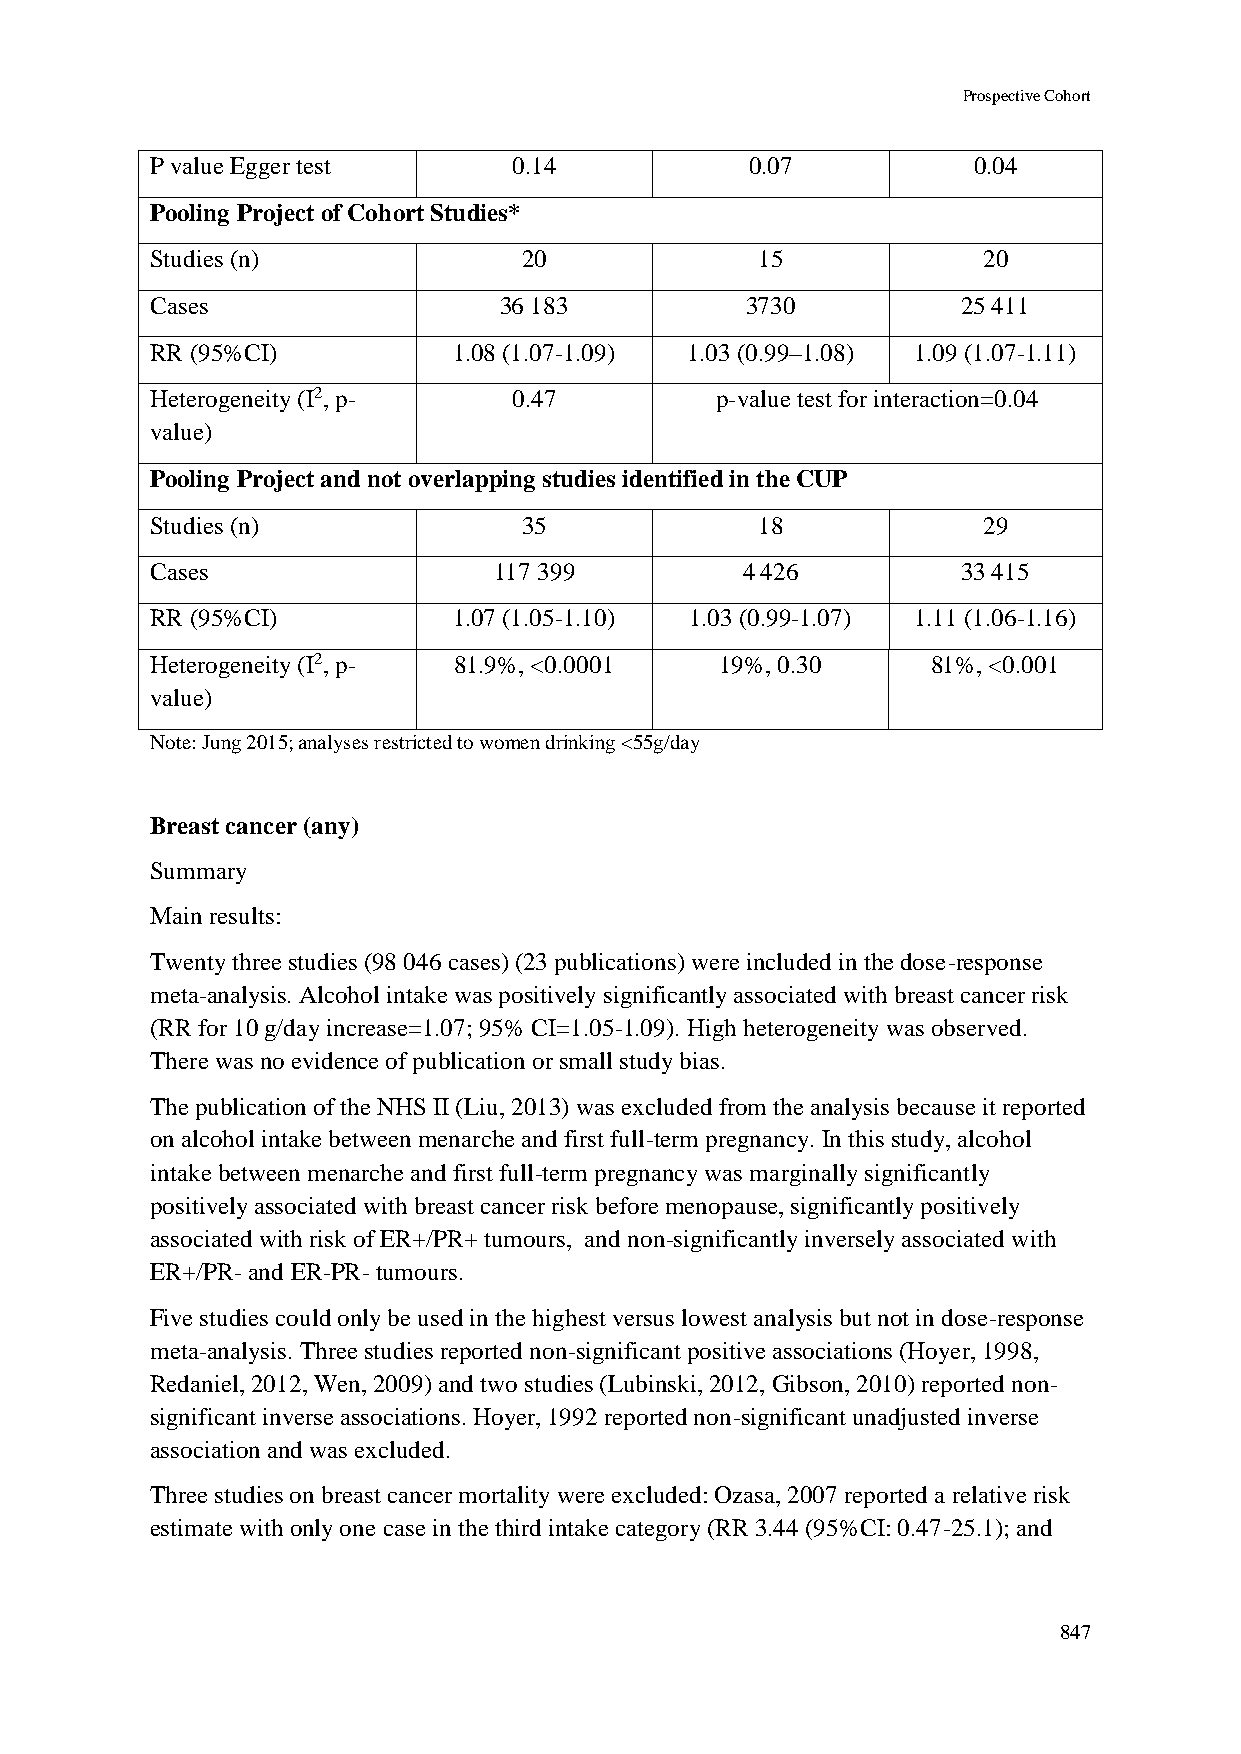
Prospective Cohort
 P value Egger test      0.14            0.07          0.04
 Pooling Project of Cohort Studies*
 Studies (n)              20             15             20
 Cases                  36 183          3730           25 411
 RR (95%CI)          1.08 (1.07-1.09) 1.03 (0.99–1.08) 1.09 (1.07-1.11)
 Heterogeneity (I2, p-   0.47         p-value test for interaction=0.04
 value)
 Pooling Project and not overlapping studies identified in the CUP
 Studies (n)              35             18             29
 Cases                  117 399         4 426          33 415
 RR (95%CI)          1.07 (1.05-1.10) 1.03 (0.99-1.07) 1.11 (1.06-1.16)
 Heterogeneity (I2, p- 81.9%, <0.0001  19%, 0.30     81%, <0.001
 value)
 Note: Jung 2015; analyses restricted to women drinking <55g/day
 Breast cancer (any)
 Summary
 Main results:
 Twenty three studies (98 046 cases) (23 publications) were included in the dose-response
 meta-analysis. Alcohol intake was positively significantly associated with breast cancer risk
 (RR for 10 g/day increase=1.07; 95% CI=1.05-1.09). High heterogeneity was observed.
 There was no evidence of publication or small study bias.
 The publication of the NHS II (Liu, 2013) was excluded from the analysis because it reported
 on alcohol intake between menarche and first full-term pregnancy. In this study, alcohol
 intake between menarche and first full-term pregnancy was marginally significantly
 positively associated with breast cancer risk before menopause, significantly positively
 associated with risk of ER+/PR+ tumours, and non-significantly inversely associated with
 ER+/PR- and ER-PR- tumours.
 Five studies could only be used in the highest versus lowest analysis but not in dose-response
 meta-analysis. Three studies reported non-significant positive associations (Hoyer, 1998,
 Redaniel, 2012, Wen, 2009) and two studies (Lubinski, 2012, Gibson, 2010) reported non-
 significant inverse associations. Hoyer, 1992 reported non-significant unadjusted inverse
 association and was excluded.
 Three studies on breast cancer mortality were excluded: Ozasa, 2007 reported a relative risk
 estimate with only one case in the third intake category (RR 3.44 (95%CI: 0.47-25.1); and
 847